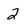
Character: 2